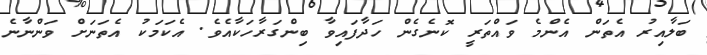
ބަލާއިރު އެތަން އެންމެ ވައްތަރީ ކޮނެގެން ހަދާފައިވާ ބިންގަރާހަކާއެވެ. އެކަމަކު އެތަނަށް ވަންނާނެ